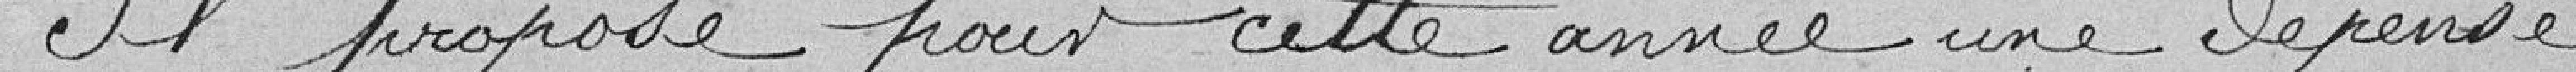
Il propose pour cette année une dépense